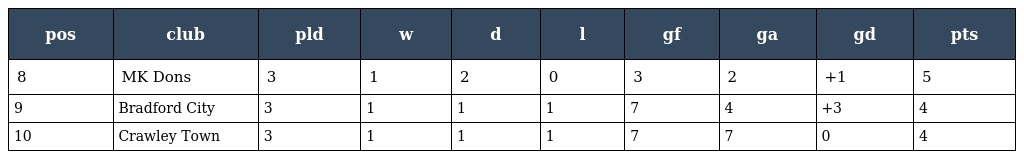
| pos | club | pld | w | d | l | gf | ga | gd | pts |
 | --- | --- | --- | --- | --- | --- | --- | --- | --- | --- |
 | 8 | MK Dons | 3 | 1 | 2 | 0 | 3 | 2 | +1 | 5 |
 | 9 | Bradford City | 3 | 1 | 1 | 1 | 7 | 4 | +3 | 4 |
 | 10 | Crawley Town | 3 | 1 | 1 | 1 | 7 | 7 | 0 | 4 |